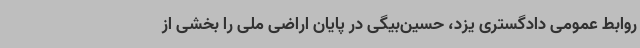
روابط عمومی دادگستری یزد، حسین‌بیگی در پایان اراضی ملی را بخشی از